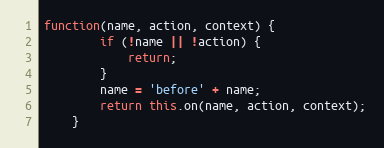
Language: JavaScript
function(name, action, context) {
        if (!name || !action) {
            return;
        }
        name = 'before' + name;
        return this.on(name, action, context);
    }